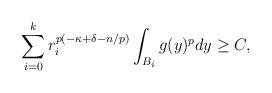
LaTeX: \begin{align*}\sum_{i=0}^kr_i^{p(-\kappa+\delta-n/p )}\int_{B_i}g(y)^pdy \geq C,\end{align*}